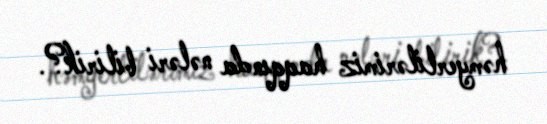
həmyerlilərimiz haqqında nələri bilirik?.